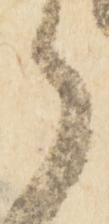
之